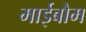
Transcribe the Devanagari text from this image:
माईबौम